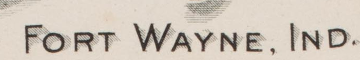
FORT WAYNE. IND.